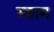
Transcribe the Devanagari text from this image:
स्वाम